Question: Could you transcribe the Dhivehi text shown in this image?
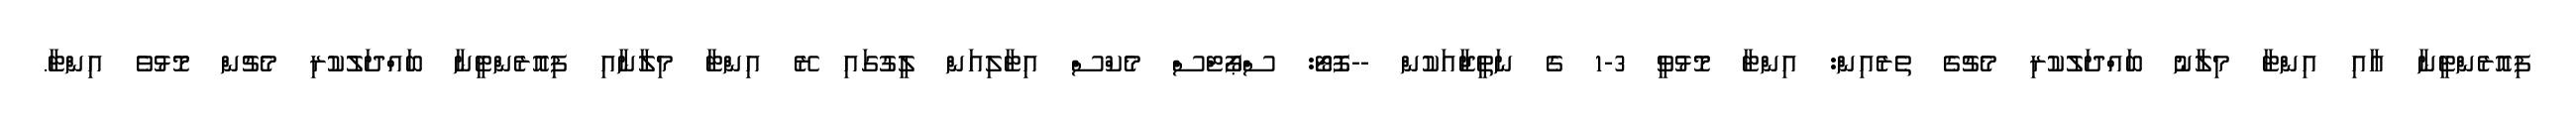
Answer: ފިއޮރެންޓީނާ އާއި އިންޓާ މިލާނު ބައްދަލުކުރި މެޗުގެ ތެރެއިން: އިންޓާ މޮޅުވީ 3-1 ގެ ނަތީޖާއަކުން --ފޮޓޯ: ސްޕޯޓްސް މެކްސް އިޓާލިއަން ލީގުގައި ރޭ އިންޓާ މިލާނާއި ފިއޮރެންޓީނާ ބައްދަލުކުރި މެޗުން މޮޅުވެ އިންޓާ.